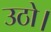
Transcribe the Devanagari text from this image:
उठो।